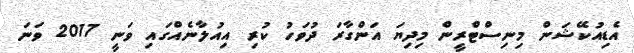
އެޑިއުކޭޝަން މިނިސްޓްރީން މިދިޔަ އަންގާރަ ދުވަހު ކުރި އިއުލާނެއްގައި ވަނީ 2017 ވަނަ